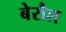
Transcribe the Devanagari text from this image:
बेरौल